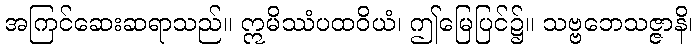
အကြင်ဆေးဆရာသည်။ ဣမိဿံပထဝိယံ၊ ဤမြေပြင်၌။ သဗ္ဗဘေသဇ္ဇာနိ၊